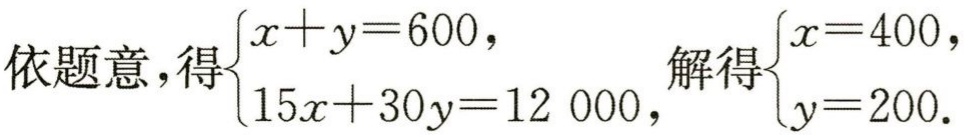
依题意，得$\begin{cases}x + y = 600,\\15x + 30y = 12\ 000,\end{cases}$解得$\begin{cases}x = 400,\\y = 200.\end{cases}$